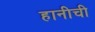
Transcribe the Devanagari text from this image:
हानीची